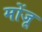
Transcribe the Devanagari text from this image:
मोंजू